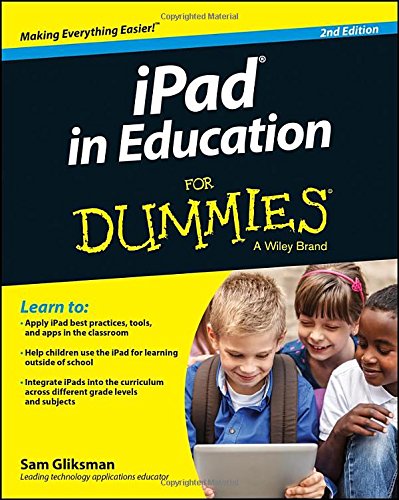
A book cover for iPad in Education For Dummies; Sam Gliksman; Computers & Technology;